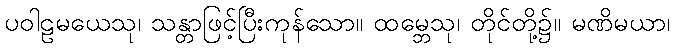
ပဝါဠမယေသု၊ သန္တာဖြင့်ပြီးကုန်သော။ ထမ္ဘေသု၊ တိုင်တို့၌။ မဏိမယာ၊